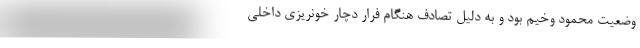
وضعیت محمود وخیم بود و به دلیل تصادف هنگام فرار دچار خونریزی داخلی